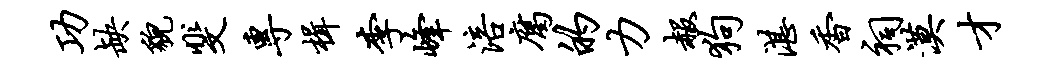
功缺貌斐专楫李峰涪腐的力赧狗湛香祠漠才